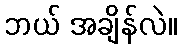
ဘယ် အချိန်လဲ။